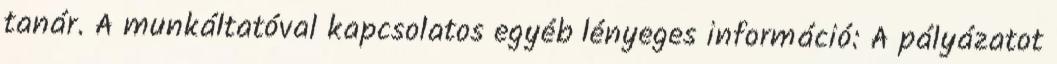
tanár. A munkáltatóval kapcsolatos egyéb lényeges információ: A pályázatot